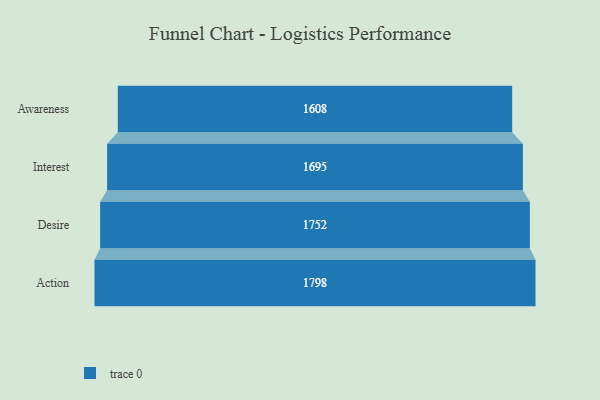
{"axis": {"x": "Stage", "y": "Value"}, "legend": [""], "data": [{"x": "Awareness", "y": 1608.0, "type": ""}, {"x": "Interest", "y": 1695.0, "type": ""}, {"x": "Desire", "y": 1752.0, "type": ""}, {"x": "Action", "y": 1798.0, "type": ""}]}